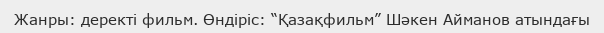
Жанры: деректі фильм. Өндіріс: “Қазақфильм” Шәкен Айманов атындағы